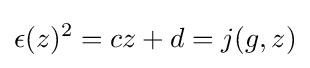
\epsilon (z)^{2}=cz+d=j(g,z)